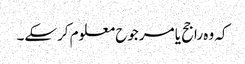
کہ وہ راجح یا مرجوح معلوم کرسکے۔